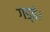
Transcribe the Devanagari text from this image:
गड्ढे।